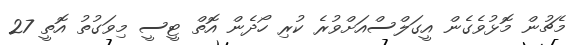
މެޗުން މޮޅުވެގެން އީގަލްސްއަށްވުރެ ކުރި ހޯދެން އޮތް ޓީސީ މިވަގުތު އޮތީ 27